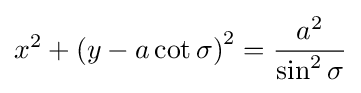
x^{2}+\left(y-a\cot \sigma \right)^{2}={\frac {a^{2}}{\sin ^{2}\sigma }}